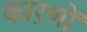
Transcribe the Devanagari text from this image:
काऱणों